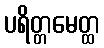
ပရိတ္တမေတ္ထ